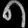
Digit: ၈